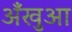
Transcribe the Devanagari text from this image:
अँखुआ